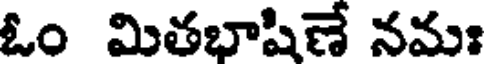
ఓం మితభాషిణే నమః